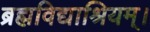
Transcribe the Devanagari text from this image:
ब्रह्मविद्याश्रियम्।